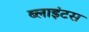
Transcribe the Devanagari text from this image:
ब्लाइंटस